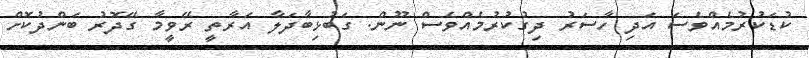
ކުޑަކުރުމެއްވެސަ އަދި ހާސަރު ދިގުކުރުމެއްވެސް ނޫން. ގަބުޅިބާދަލާ އަރާތީ ރޭވީމާ ގޭދޮރު ބަންދުކޮށް